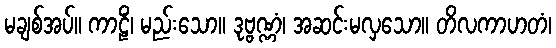
မချစ်အပ်။ ကာဠိံ၊ မည်းသော။ ဒုဗ္ဗဏ္ဏံ၊ အဆင်းမလှသော။ တိလကာဟတံ၊